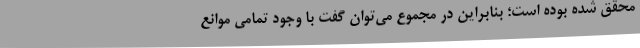
محقق شده بوده است؛ بنابراین در مجموع می‌توان گفت با وجود تمامی موانع